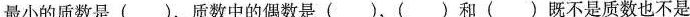
最小的合数是( )，最小的质数是( )，质数中的偶数是( )，( )和( )既不是质数也不是